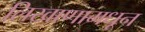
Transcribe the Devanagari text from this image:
लिखाणामधून